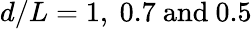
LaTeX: d/L=1,\ 0.7\ \mathrm{{and}\ 0.5}